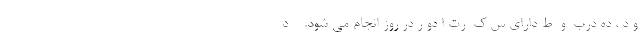
و د ، ده درب  و  ط داراي س ك  رت ا دو ر در روز انجام می شود.    د